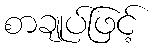
စာချုပ်ဖြင့်